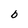
Character: b